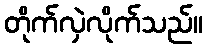
တိုက်လှဲလိုက်သည်။